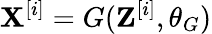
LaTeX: \mathbf{X}^{[i]}=G(\mathbf{Z}^{[i]},\theta_{G})